Indian journal of veterinary science and animal husbandry - Volume 1,
Year: 1931
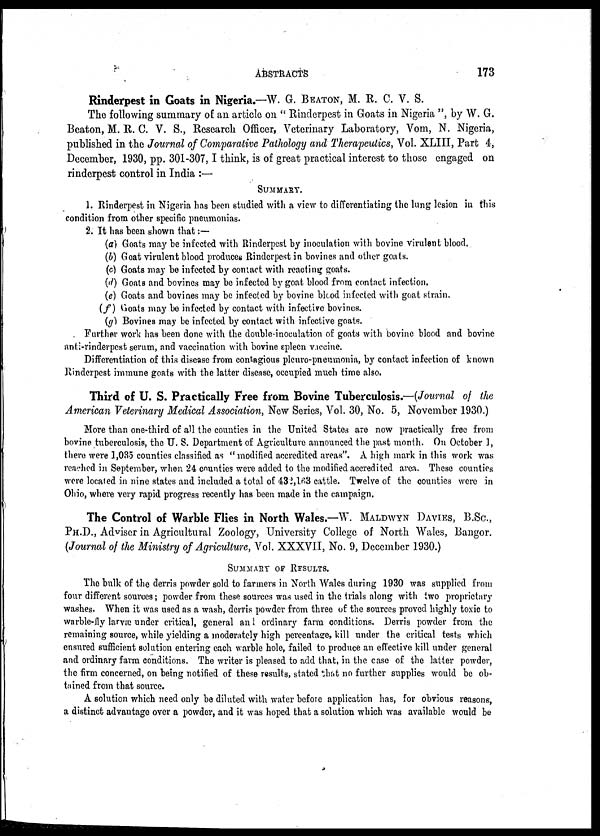
ABSTRACTS
173
Rinderpest in Goats in Nigeria.—W. G. BEATON, M. R. C. V. S.
The following summary of an article on " Rinderpest in Goats in Nigeria ", by W. G.
Beaton, M. R. C. V. S., Research Officer, Veterinary Laboratory, Vom, N. Nigeria,
published in the Journal of Comparative Pathology and Therapeutics, Vol. XLIII, Part 4,
December, 1930, pp. 301-307, I think, is of great practical interest to those engaged on
rinderpest control in India :—
SUMMARY.
1. Rinderpest in Nigeria has been studied with a view to differentiating the lung lesion in this
condition from other specific pneumonias.
2. It has been shown that:—
(a) Goats may be infected with Rinderpest by inoculation with bovine virulent blood.
(b) Goat virulent blood produces Rinderpest in bovines and other goats.
(c) Goats may be infected by contact with reacting goats.
(d) Goats and bovines may be infected by goat blood from contact infection.
(e) Goats and bovines may be infected by bovine blood infected with goat strain.
(f) Goats may be infected by contact with infective bovines.
(g) Bovines may be infected by contact with infective goats.
Further work has been done with the double-inoculation of goats with bovine blood and bovine
anti-rinderpest serum, and vaccination with bovine spleen vaccine.
Differentiation of this disease from contagious pleuro-pneumonia, by contact infection of known
Rinderpest immune goats with the latter disease, occupied much time also.
Third of U. S. Practically Free from Bovine Tuberculosis.—(Journal of the
American Veterinary Medical Association, New Series, Vol. 30, No. 5, November 1930.)
More than one-third of all the counties in the United States are now practically free from
bovine tuberculosis, the U. S. Department of Agriculture announced the past month. On October 1,
there were 1,035 counties classified as "modified accredited areas". A high mark in this work was
reached in September, when 24 counties were added to the modified accredited area. These counties
were located in nine states and included a total of 432,163 cattle. Twelve of the counties were in
Ohio, where very rapid progress recently has been made in the campaign.
The Control of Warble Flies in North Wales.—W. MALDWYN DAVIES, B.SC.,
PH.D., Adviser in Agricultural Zoology, University College of North Wales, Bangor.
(Journal of the Ministry of Agriculture, Vol. XXXVII, No. 9, December 1930.)
SUMMARY OF RESULTS.
The bulk of the derris powder sold to farmers in North Wales during 1930 was supplied from
four different sources; powder from these sources was used in the trials along with two proprietary
washes. When it was used as a wash, derris powder from three of the sources proved highly toxic to
warble-fly larvæ under critical, general and ordinary farm conditions. Derris powder from the
remaining source, while yielding a moderately high percentage, kill under the critical tests which
ensured sufficient solution entering each warble hole, failed to produce an effective kill under general
and ordinary farm conditions. The writer is pleased to add that, in the case of the latter powder,
the firm concerned, on being notified of these results, stated that no further supplies would be ob-
tained from that source.
A solution which need only be diluted with water before application has, for obvious reasons,
a distinct advantage over a powder, and it was hoped that a solution which was available would be